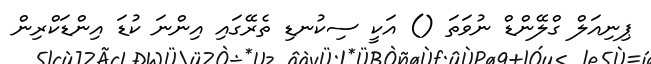
ޕިނިއަލް ގްލޭންޑް ނުވަތަ () އަކީ ސިކުނޑި ތެރޭގައި އިންނަ ކުޑަ އިންޑަކްރިން